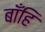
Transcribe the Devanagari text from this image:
बाँहि